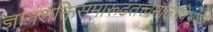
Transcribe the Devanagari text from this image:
ज्ञानशक्तिसमारूढतत्त्वमालाविभूषणे